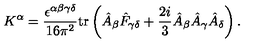
K ^ { \alpha } = \frac { \epsilon ^ { \alpha \beta \gamma \delta } } { 1 6 \pi ^ { 2 } } \mathrm { t r } \left( \hat { A } _ { \beta } \hat { F } _ { \gamma \delta } + \frac { 2 i } 3 \hat { A } _ { \beta } \hat { A } _ { \gamma } \hat { A } _ { \delta } \right) .